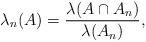
LaTeX: \begin{align*}\lambda_n(A)=\frac{\lambda(A\cap A_n)}{\lambda(A_n)},\end{align*}